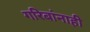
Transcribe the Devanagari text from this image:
गरिबांनाही